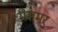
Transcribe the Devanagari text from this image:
मेसमर